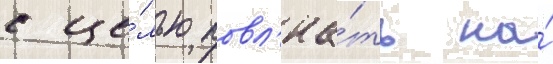
с це́лью повл'иа́ть на́